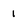
Character: 1